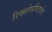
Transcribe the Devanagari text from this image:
रिक्शोसपिटालेट